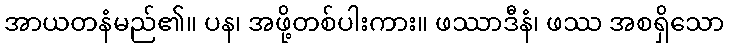
အာယတနံမည်၏။ ပန၊ အဖို့တစ်ပါးကား။ ဖဿာဒီနံ၊ ဖဿ အစရှိသော